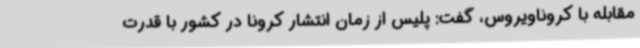
مقابله با کروناویروس، گفت: پلیس از زمان انتشار کرونا در کشور با قدرت